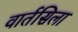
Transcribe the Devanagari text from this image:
वार्तसिला